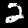
Label: 2